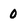
Character: 0